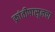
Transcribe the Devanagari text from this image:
क्रांतीपासूनचा